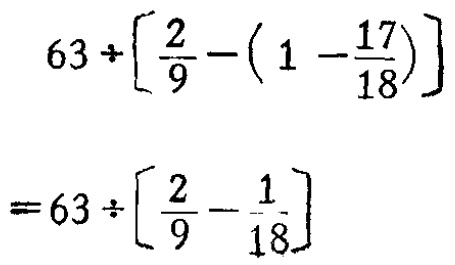
\[

\begin{align*}

&63\div\left[\frac{2}{9}-\left(1 - \frac{17}{18}\right)\right]\\

=&63\div\left[\frac{2}{9}-\frac{1}{18}\right]

\end{align*}

\]